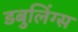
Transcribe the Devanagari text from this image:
डबुलिंग्स